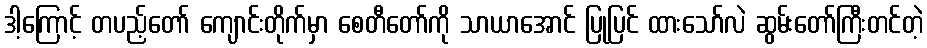
ဒါ့ကြောင့် တပည့်တော် ကျောင်းတိုက်မှာ စေတီတော်ကို သာယာအောင် ပြုပြင် ထားသော်လဲ ဆွမ်းတော်ကြီးတင်တဲ့